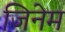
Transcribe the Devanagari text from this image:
जिनेम